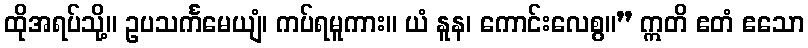
ထိုအရပ်သို့။ ဥပသင်္ကမေယျံ၊ ကပ်ရမူကား။ ယံ နူန၊ ကောင်းလေစွ။” ဣတိ ဧတံ ဧသော